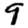
Digit: 9